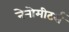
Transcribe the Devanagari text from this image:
नेनोमीटर्स